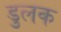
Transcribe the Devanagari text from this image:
डुलक